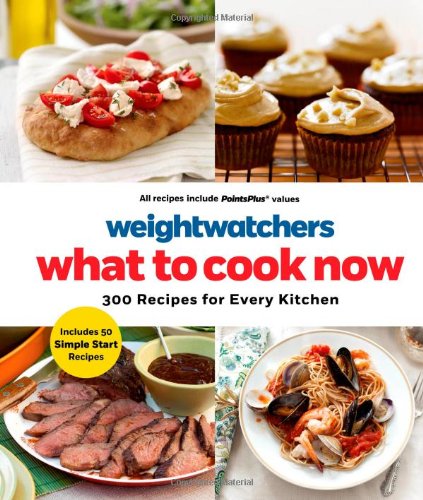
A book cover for Weight Watchers What to Cook Now: 300 Recipes for Every Kitchen; Weight Watchers; Health, Fitness & Dieting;